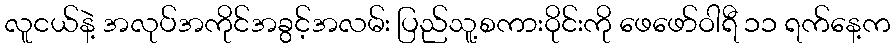
လူငယ်နဲ့ အလုပ်အကိုင်အခွင့်အလမ်း ပြည်သူ့စကားဝိုင်းကို ဖေဖော်ဝါရီ ၁၁ ရက်နေ့က